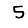
Digit: 5